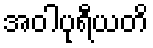
အဝါပုရီယတိ